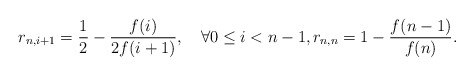
\begin{align*} r_{n,i+1}=\frac{1}{2}-\frac{f(i)}{2f(i+1)},\quad\forall 0\le i<n-1,r_{n,n}=1-\frac{f(n-1)}{f(n)}.\end{align*}